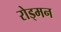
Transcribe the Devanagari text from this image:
रोड्मन